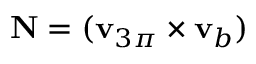
\mathbf { N } = ( \mathbf { v } _ { 3 \pi } \times \mathbf { v } _ { b } )